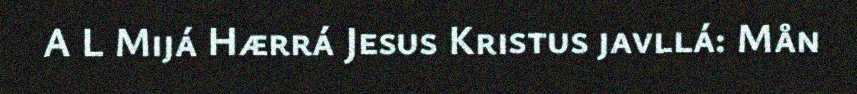
A L Mijá Hærrá Jesus Kristus javllá: Mån